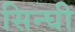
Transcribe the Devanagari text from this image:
सिन्घी